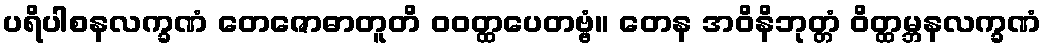
ပရိပါစနလက္ခဏံ တေဇောဓာတူတိ ဝဝတ္ထပေတဗ္ဗံ။ တေန အဝိနိဘုတ္တံ ဝိတ္ထမ္ဘနလက္ခဏံ